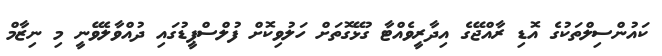
ކައުންސިލްތަކުގެ އޮޑި ރާއްޖޭގެ އިދާރީވެއްޓާ ގުޅޭގޮތަށް ހަލުވިކޮށް ފުލްސްޕީޑުގައި ދުއްވާލެވޭނީ މި ނިޒާމް